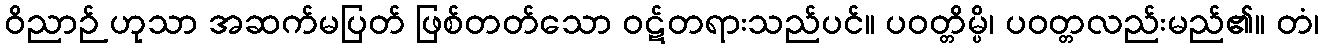
ဝိညာဉ် ဟုသာ အဆက်မပြတ် ဖြစ်တတ်သော ဝဋ်တရားသည်ပင်။ ပဝတ္တိမ္ပိ၊ ပဝတ္တလည်းမည်၏။ တံ၊